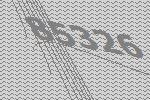
85326